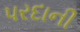
પરદાની